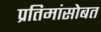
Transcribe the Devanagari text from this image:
प्रतिमांसोबत